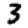
Digit: 3